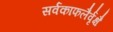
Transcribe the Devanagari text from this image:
सर्वकाफलैर्वृक्षै